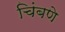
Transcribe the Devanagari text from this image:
चिंबणे